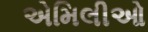
એમિલીઓ